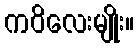
ကဝိလေးမျိုး။